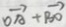
\overrightarrow { O A } + \overrightarrow { B O }